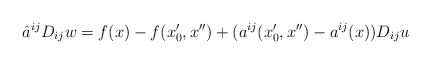
\begin{align*}\hat a^{ij}D_{ij}w=f(x)-f(x_0',x'') +(a^{ij}(x_0',x'')-a^{ij}(x))D_{ij}u\end{align*}